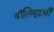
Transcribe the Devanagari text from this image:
बॉलिवूडची